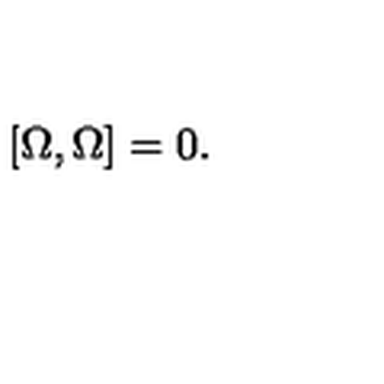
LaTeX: \left[ \Omega , \Omega \right] = 0 .